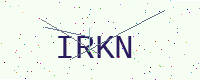
Text: IRKN